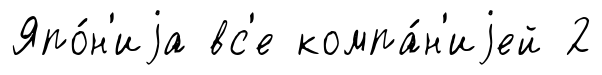
Япо́н'иjа вс'е компа́н'иjей 2